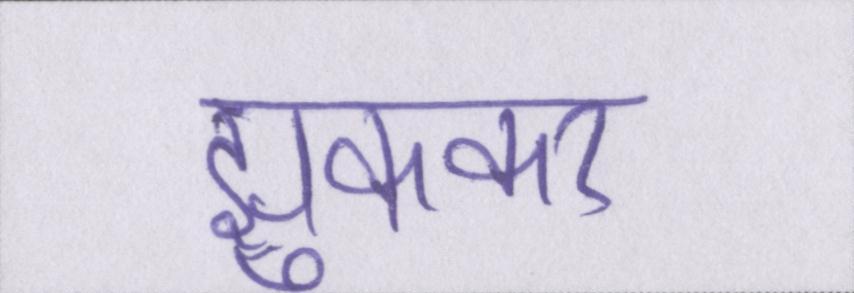
झुककर